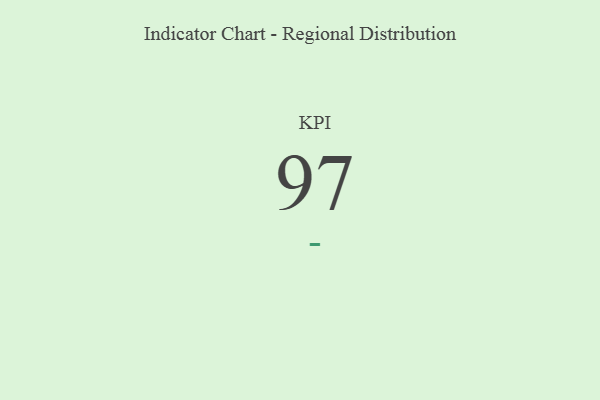
{"axis": {"x": "KPI", "y": "Value"}, "legend": [""], "data": [{"x": "KPI", "y": 97, "type": ""}]}